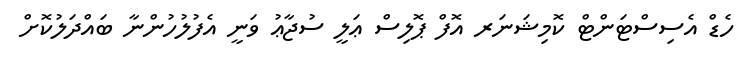
ހެޑް އެސިސްޓަންޓް ކޮމިޝަނަރ އޮފް ޕޮލިސް ޢަލީ ސުޖާޢު ވަނީ އެފުލުހުންނާ ބައްދަލުކޮށް